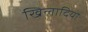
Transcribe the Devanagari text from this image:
खिलादियो